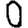
Digit: 0